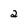
Character: 2